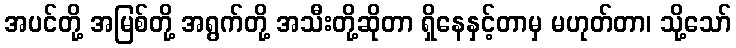
အပင်တို့ အမြစ်တို့ အရွက်တို့ အသီးတို့ဆိုတာ ရှိနေနှင့်တာမှ မဟုတ်တာ၊ သို့သော်